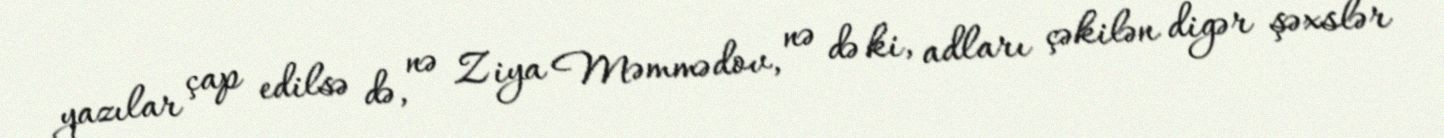
yazılar çap edilsə də, nə Ziya Məmmədov, nə də ki, adları çəkilən digər şəxslər